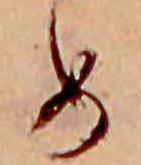
め